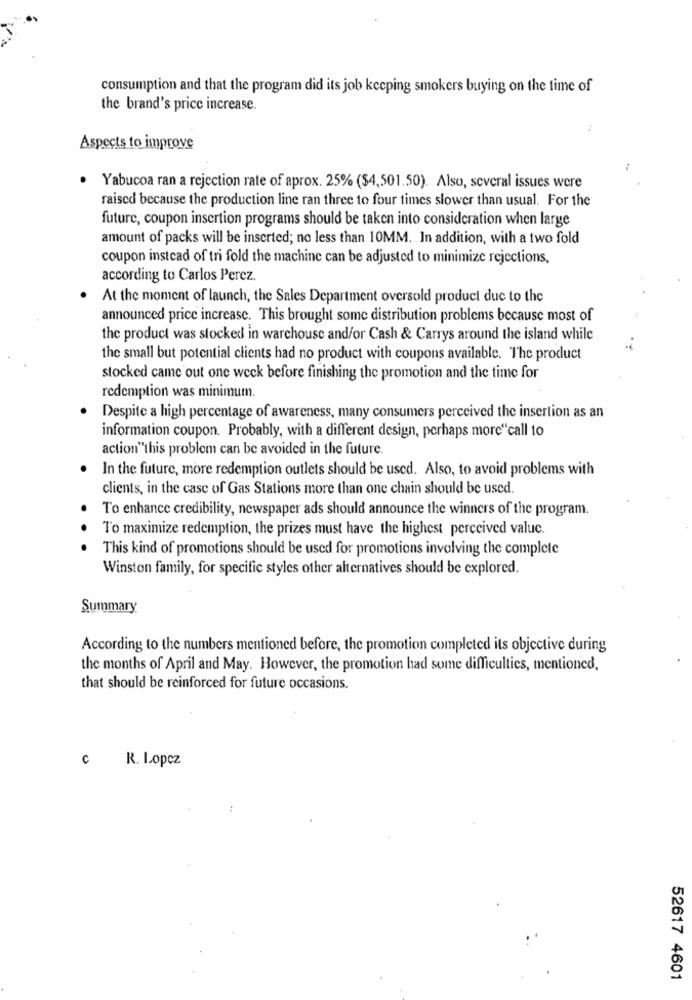
consumption and that the program did its job keeping smokers buying on the time of
the brand's price increase.
Aspects to improve
Yabucoa ran a rejection rate of aprox. 25% ($4,501.50). Also, several issues were
raised because the production line ran three to four times slower than usual. For the
future, coupon insertion programs should be taken into consideration when large
amount of packs will be inserted; no less than 10MM. In addition, with a two fold
coupon instead of tri fold the machine can be adjusted to minimize rejections,
according to Carlos Percz.
At the moment of launch, the Sales Department oversold product due to the
announced price increase. This brought some distribution problems because most of
the product was stocked in warchouse and/or Cash & Carrys around the island while
the small but potential clients had no product with coupons available. The product
stocked came out one week before finishing the promotion and the time for
redemption was minimum.
Despite a high percentage of awareness, many consumers perceived the insertion as an
information coupon. Probably, with a different design, perhaps more"call to
action"this problem can be avoided in the future.
In the future, more redemption outlets should be used. Also, to avoid problems with
clients, in the case of Gas Stations more than one chain should be used.
To enhance credibility, newspaper ads should announce the winners of the program.
To maximize redemption, the prizes must have the highest perceived valuc.
This kind of promotions should be used for promotions involving the complete
Winston family, for specific styles other alternatives should be explored.
Summary
According to the numbers mentioned before, the promotion completed its objective during
the months of April and May. However, the promotion had some difficulties, mentioned,
that should be reinforced for future occasions.
c
R. Lopez
52617 4601